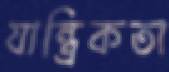
যান্ত্রিকতা